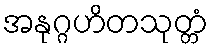
အနုဂ္ဂဟိတသုတ္တံ